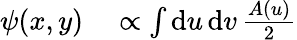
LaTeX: \begin{array}{rl}{\psi(x,y)}&{{}\propto\int\mathrm{d}u\, \mathrm{d}v\, \frac{A(u)}{2}}\end{array}